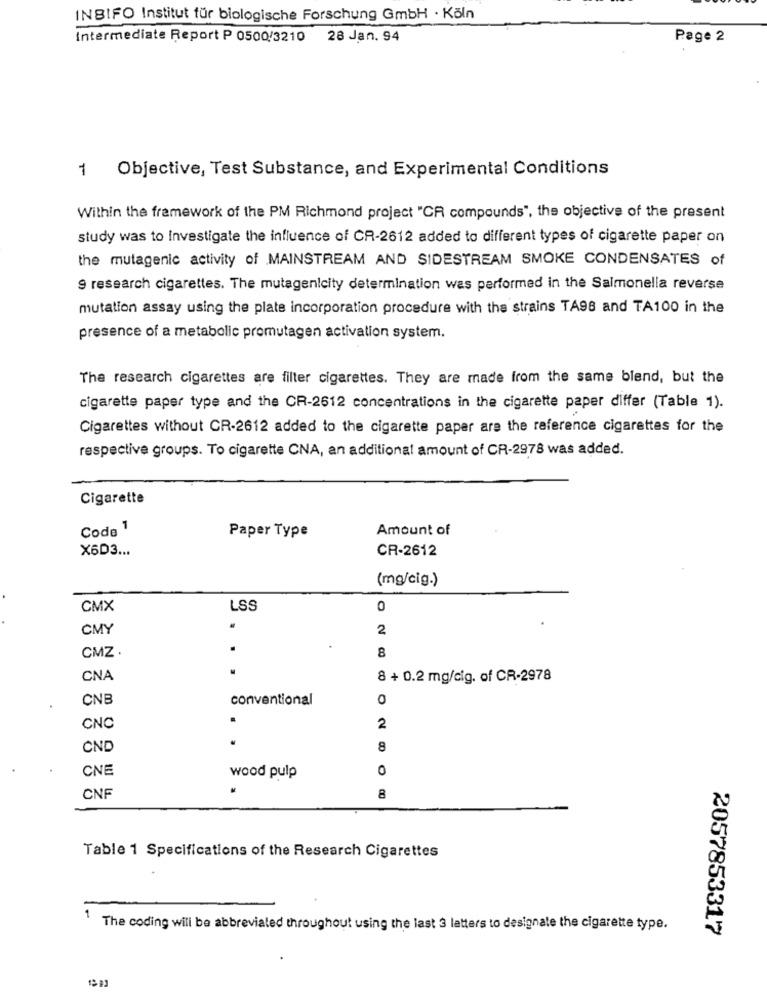
INBIFO Institut für biologische Forschung GmbH · Köln
Intermediate Report P 0500/3210 28 Jan. 94
Page 2
1 Objective, Test Substance, and Experimental Conditions
Within the framework of the PM Richmond project "CR compounds", the objective of the present
study was to Investigate the influence of CR-2612 added to different types of cigarette paper on
the mutagenic activity of MAINSTREAM AND SIDESTREAM SMOKE CONDENSATES of
9 research cigarettes. The mutagen!city determination was performed in the Salmonella reverse
mutation assay using the plate incorporation procedure with the strains TA98 and TA100 in the
presence of a metabolic promutagen activation system.
The research cigarettes are filter cigarettes. They are made from the same blend, but the
cigarette paper type and the CR-2612 concentrations in the cigarette paper differ (Table 1).
Cigarettes without CR-2612 added to the cigarette paper are the reference cigarettes for the
respective groups. To cigarette CNA, an additional amount of CR-2978 was added.
Cigarette
Code 1
Amount of
Paper Type
X6D3 ...
CR-2612
(mg/cig.)
CMX
LSS
0
CMY
.
2
CMZ .
8
CNA
8 + 0.2 mg/cig. of CR-2978
CNB
conventional
0
CNC
2
..
CND
8
CNE
0
wood pulp
CNF
8
Table 1 Specifications of the Research Cigarettes
1
The coding will be abbreviated throughout using the last 3 letters to designate the cigarette type.
2057853317